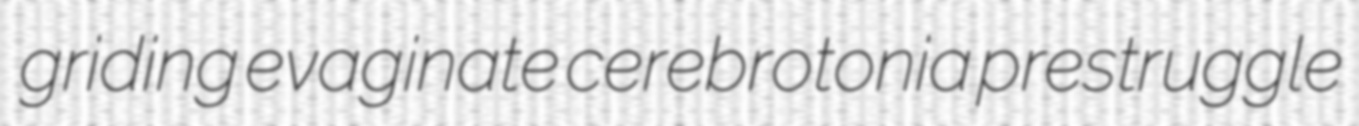
griding evaginate cerebrotonia prestruggle